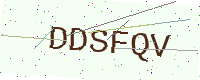
Text: DDSFQV